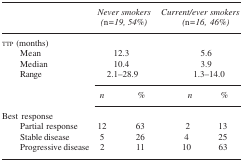
|  | <COLSPAN=2> Never smokers (n=19, 54%) | <COLSPAN=2> Current/ever smokers (n=16, 46%) |
 | --- | --- | --- | --- | --- |
 | <COLSPAN=5> ttp (months) |
 | Mean | <COLSPAN=2> 12.3 | <COLSPAN=2> 5.6 |
 | Median | <COLSPAN=2> 10.4 | <COLSPAN=2> 3.9 |
 | Range | <COLSPAN=2> 2.1–28.9 | <COLSPAN=2> 1.3–14.0 |
 |  | n | % | n | % |
 | <COLSPAN=5> Best response |
 | Partial response | 12 | 63 | 2 | 13 |
 | Stable disease | 5 | 26 | 4 | 25 |
 | Progressive disease | 2 | 11 | 10 | 63 |